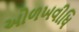
ઓળખવીધિ